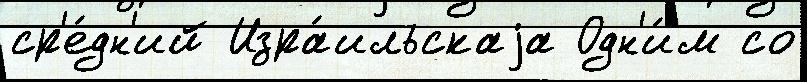
ср'е́дн'ий Изра́ильскаjа Одн'и́м со